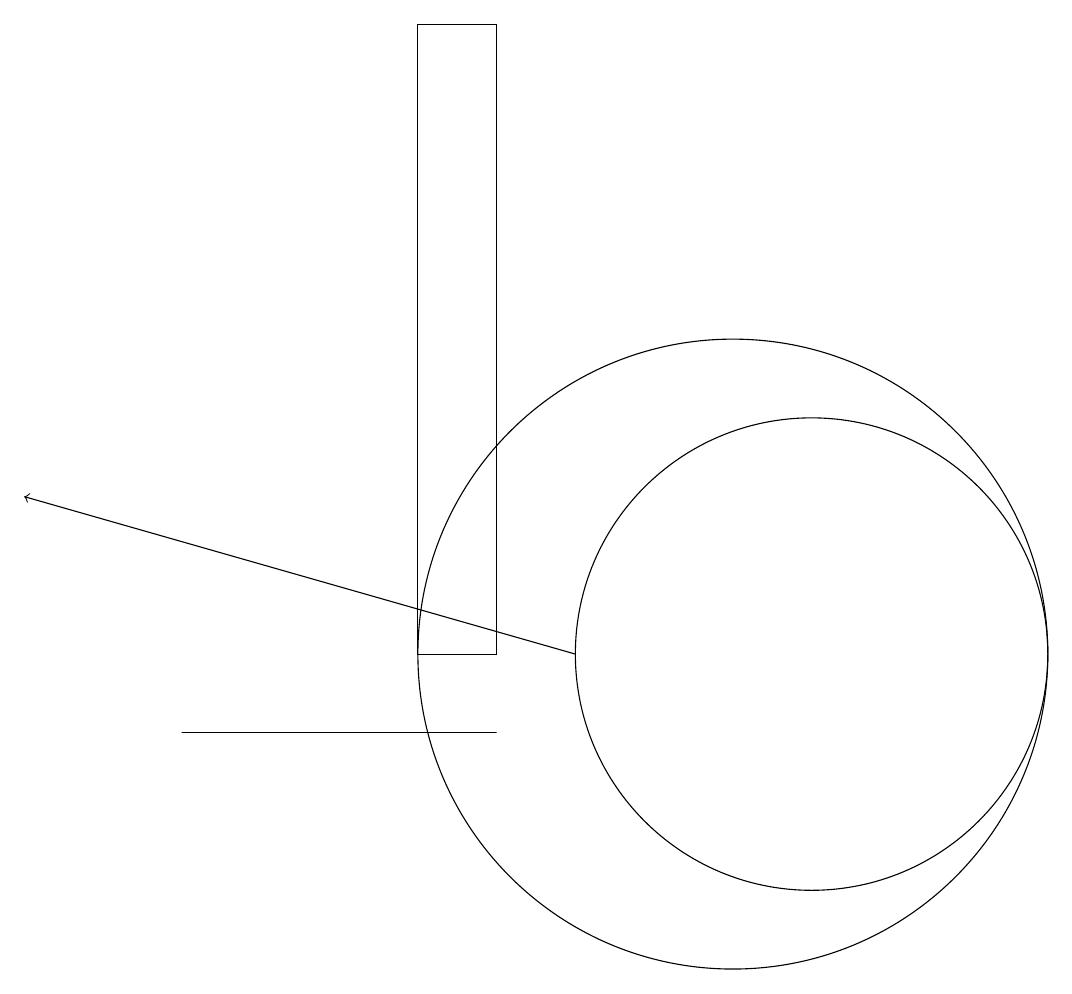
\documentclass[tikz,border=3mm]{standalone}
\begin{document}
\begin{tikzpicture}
\draw (8,10) rectangle (4,10);
\draw (11,11) circle (4);
\draw (8,19) rectangle (7,11);
\draw[->] (9,11) -- (2,13);
\draw (12,11) circle (3);
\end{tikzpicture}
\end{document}